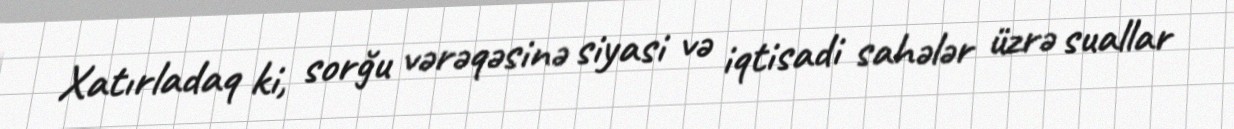
Xatırladaq ki, sorğu vərəqəsinə siyasi və iqtisadi sahələr üzrə suallar